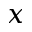
x